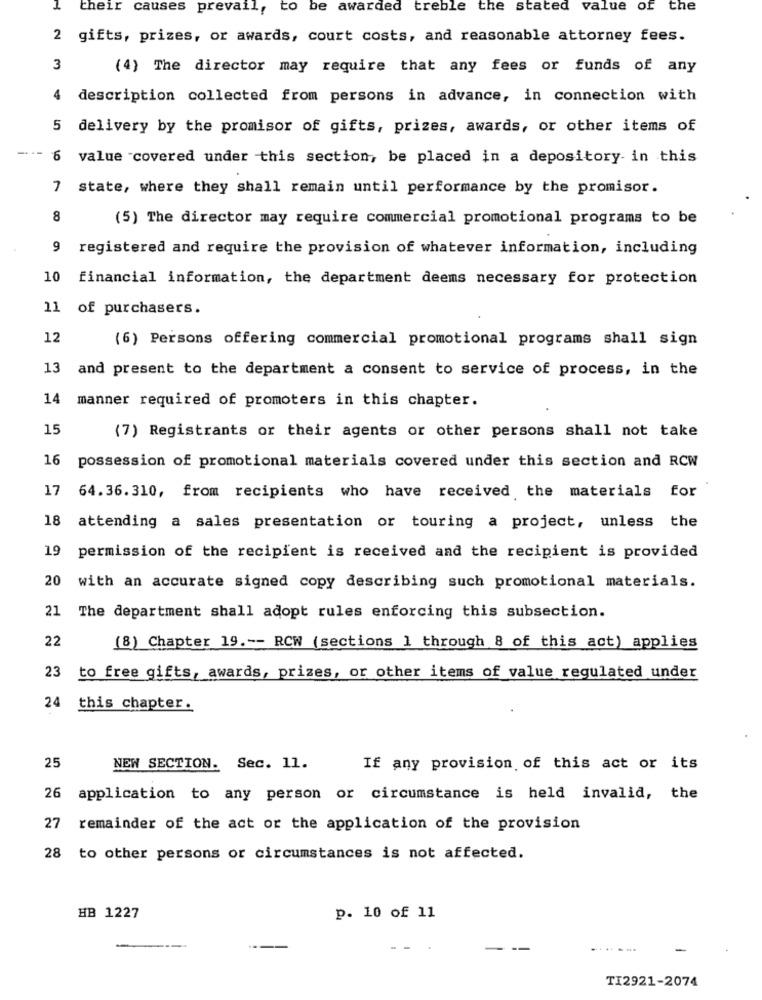
their causes prevail, to be awarded treble the stated value of the
2 gifts, prizes, or awards, court costs, and reasonable attorney fees.
3
(4) The director may require that any fees or funds of any
4
description collected from persons in advance, in connection with
5 delivery by the promisor of gifts, prizes, awards, or other items of
6
value "covered under this section, be placed in a depository- in this
7 state, where they shall remain until performance by the promisor.
8
(5) The director may require commercial promotional programs to be
9 registered and require the provision of whatever information, including
10 financial information, the department deems necessary for protection
11
of purchasers.
12
(6) Persons offering commercial promotional programs shall sign
13 and present to the department a consent to service of process, in the
14 manner required of promoters in this chapter.
15
(7) Registrants or their agents or other persons shall not take
16
possession of promotional materials covered under this section and RCW
17
64.36. 310, from recipients who have received the materials for
18
attending a sales presentation or touring a project, unless the
19
permission of the recipient is received and the recipient is provided
20
with an accurate signed copy describing such promotional materials.
21
The department shall adopt rules enforcing this subsection.
22
(8) Chapter 19 .-- RCW (sections 1 through 8 of this act) applies
23
to free gifts, awards, prizes, or other items of value regulated under
24
this chapter.
25
NEW SECTION. Sec. 11.
If any provision of this act or its
26
application to any person or circumstance is held invalid, the
27
remainder of the act or the application of the provision
28 to other persons or circumstances is not affected.
HB 1227
p. 10 of 11
-
...
TI2921-2074